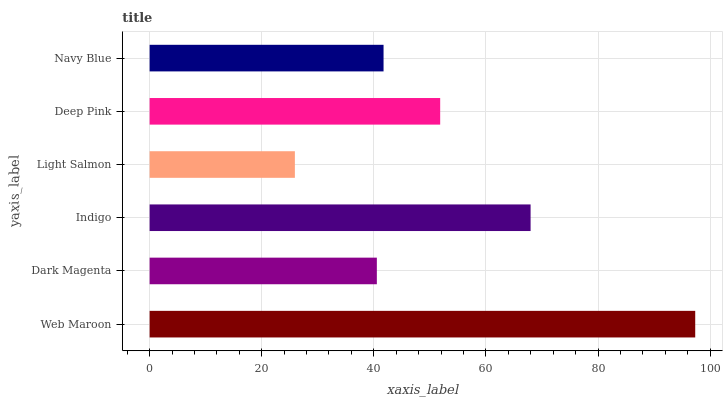
| yaxis_label | bars |
 | --- | --- |
 | Web Maroon | 97.3 |
 | Dark Magenta | 40.5 |
 | Indigo | 68 |
 | Light Salmon | 25.9 |
 | Deep Pink | 51.8 |
 | Navy Blue | 41.7 |